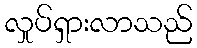
လှုပ်ရှားလာသည်